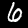
Label: 6